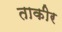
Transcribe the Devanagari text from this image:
ताकीर